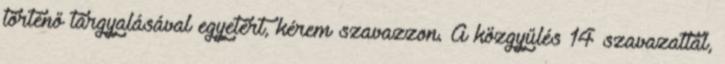
történő tárgyalásával egyetért, kérem szavazzon. A közgyűlés 14 szavazattal,